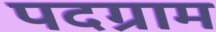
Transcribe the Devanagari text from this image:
पदग्राम